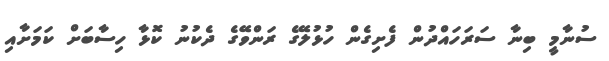
ސުނާމީ ބިނާ ސަރަހައްދުން ފެށިގެން ހުޅުލޭގެ ރަންވޭގެ ދެކުނު ކޮޅާ ހިސާބަށް ކަަމަށާއި